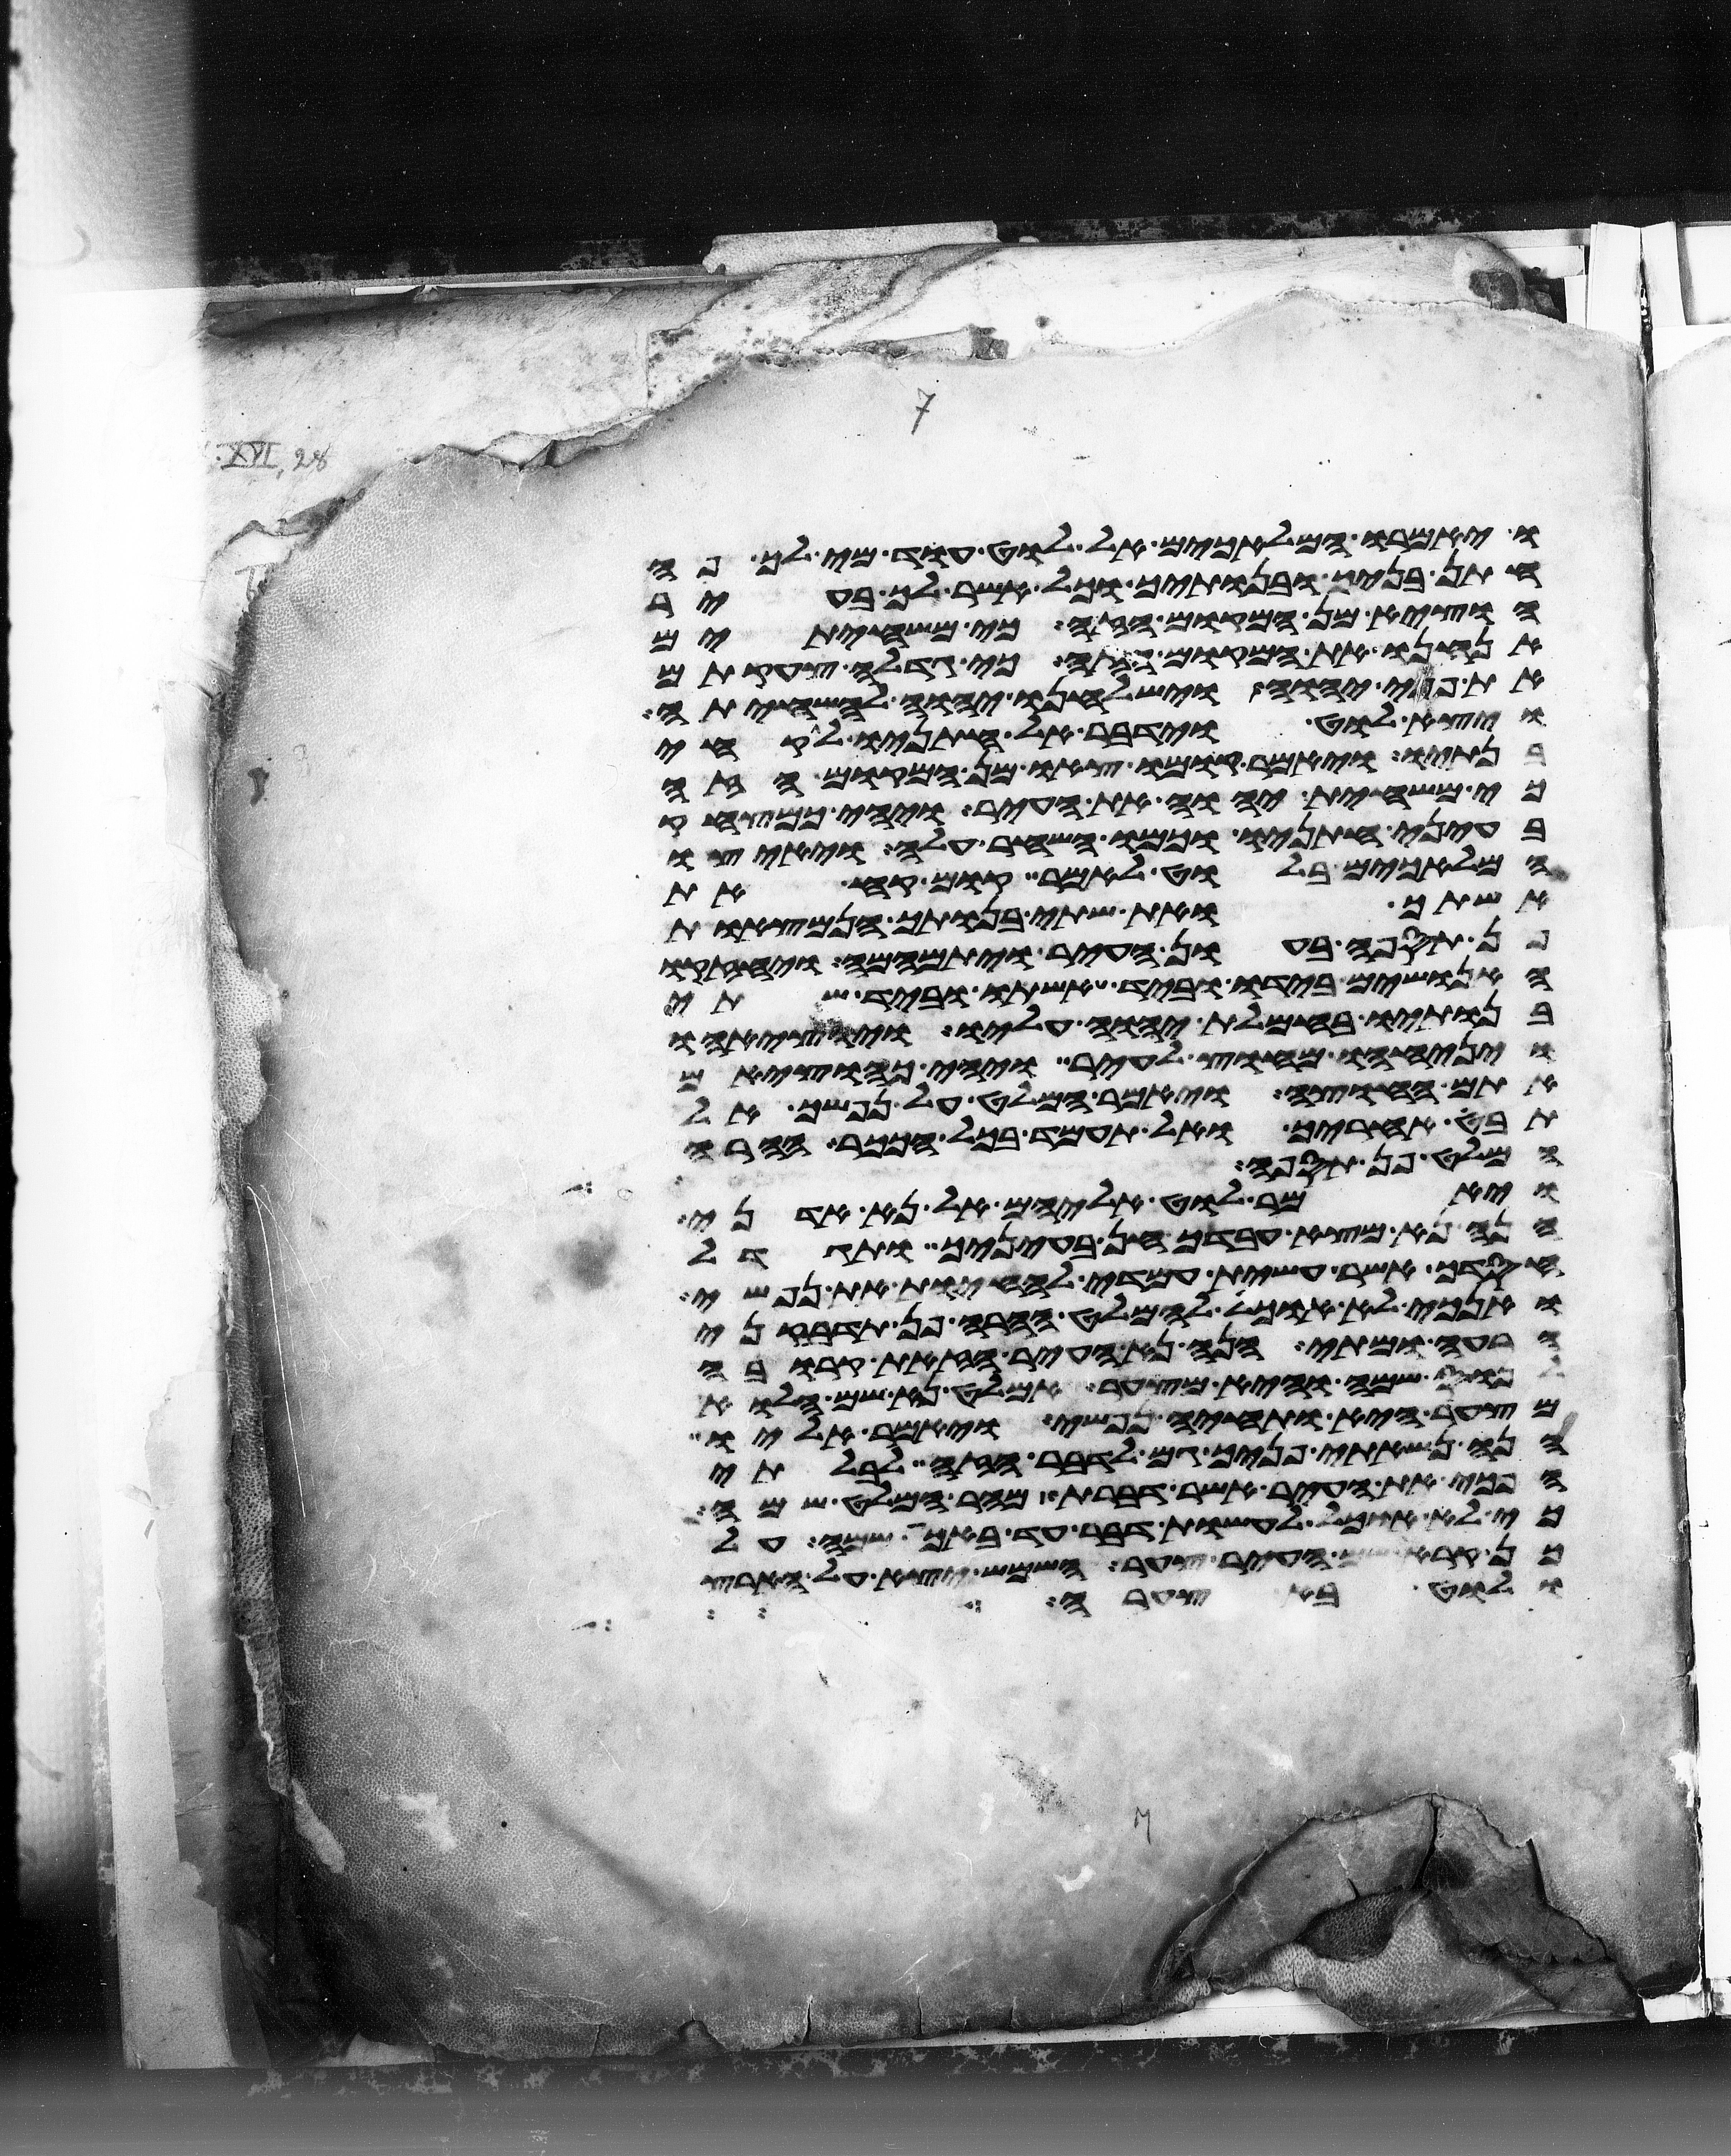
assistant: ויאמרו המלאכים אל לוט עוד מי לך פה
חתן בניך ובנתיך וכל אשר לך בעיר
הוציא מן המקום הזה כי משחיתים
אנחנו את המקום הזה כי גדלה צעקתם
את פני יהוה וישלחנו יהוה להשחיתה
ויצא לוט וידבר אל חתניו לקחי
בנתיו ויאמר קומו צאו מן המקום הזה
כי משחית יהוה את העיר ויהי כמצחק
בעיני חתניו וכמו השחר עלה ויאיצו
המלאכים בלוט לאמר קום קח את
אשתך ואת שתי בנתיך הנמצאות
פן תספה בעון העיר ויתמהמה ויחזקו
האנושים בידו וביד אשתו וביד שתי
בנתיו בחמלת יהוה עליו ויוציאהו
ויניחהו מחוץ לעיר ויהי כהוציאם
אתם החוצה ויאמר המלט על נפשך אל
תבט אחריך ואל תעמד בכל הככר ההרה
המלט פן תספה
ויאמר לוט אליהם אל נא אדני
הנה נא מצא עבדך חן בעיניך ותגדל
חסדך אשר עשית עמדי להחיות את נפשי
ואנכי לא אוכל להמלט ההרה פן תדבקני
הרעה ומתי הנה נא העיר הזאת קרובה
לנוס שמה והיא מצער אמלט נא שמה הלוא
מצער היא ותחיה נפשי ויאמר אליו
הנה נשאתי פניך גם לדבר הזה לבלתי
הפכי את העיר אשר דברת מהר המלט שמה
כי לא אוכל לעשות דבר עד באכה שמה על
כן קרא שם העיר צער השמש יצא על הארץ
ולוט בא צערה